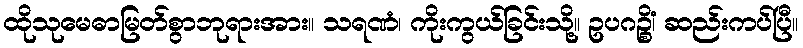
ထိုသုမေဓာမြတ်စွာဘုရားအား။ သရဏံ၊ ကိုးကွယ်ခြင်းသို့။ ဥပဂဉ္စိံ၊ ဆည်းကပ်ပြီ။